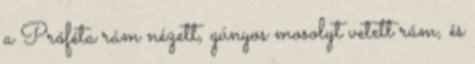
a Próféta rám nézett, gúnyos mosolyt vetett rám, és